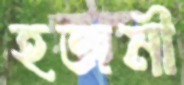
হজমী